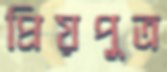
প্রিয়পুত্র